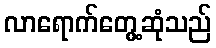
လာရောက်တွေ့ဆုံသည်